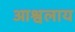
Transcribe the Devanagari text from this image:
आश्वलाय